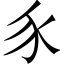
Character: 𧰨